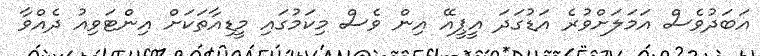
އަބަދުވެސް އަމަލަށްވުރެ އަޑުގަދަ އީޕީއޭ އިން ވެސް މިކަމުގައި މީޑިއާތަކަށް އިންޓަވިއު ދެއްވާ